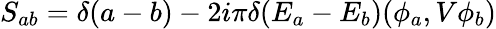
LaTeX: S_{ab}=\delta(a-b)-2i\pi\delta(E_{a}-E_{b})(\phi_{a},V\phi_{b})